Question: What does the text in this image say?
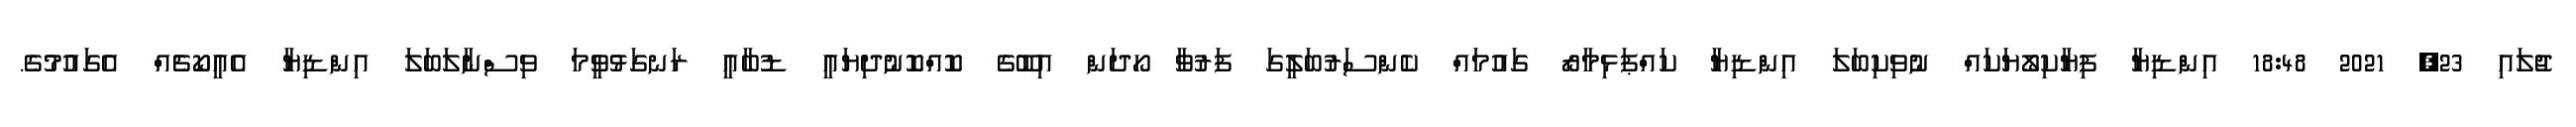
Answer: ޖުލައި 23, 2021 18:48 އިންޑިޔާ ފިޔާކިލޯޔަކައް ނުވިކިބަލަ އިންޑިޔާ ކައްޕަޅިމާރޯ ގައުމައް ކެންސަރުބަލީގަ ފަރުވާ ހޯދަން އިބޫގެ ކޮއްކޮނުދިޔައީ ޑުބާއީ ރަނގަޅުވީމަ ވިސްނާލަބަލަ އިންޑިޔާ އެއީކޯޗެއް އެގައުމުގެ.